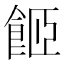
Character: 𩛉